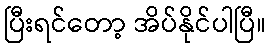
ပြီးရင်တော့ အိပ်နိုင်ပါပြီ။